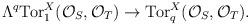
LaTeX: \begin{align*}\Lambda^q\mbox{Tor}_1^X({\cal O}_S, {\cal O}_T)\to\mbox{Tor}_q^X({\cal O}_S, {\cal O}_T).\end{align*}